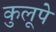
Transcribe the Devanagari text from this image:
कुलूपे